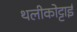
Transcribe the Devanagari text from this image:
थलीकोट्टाई